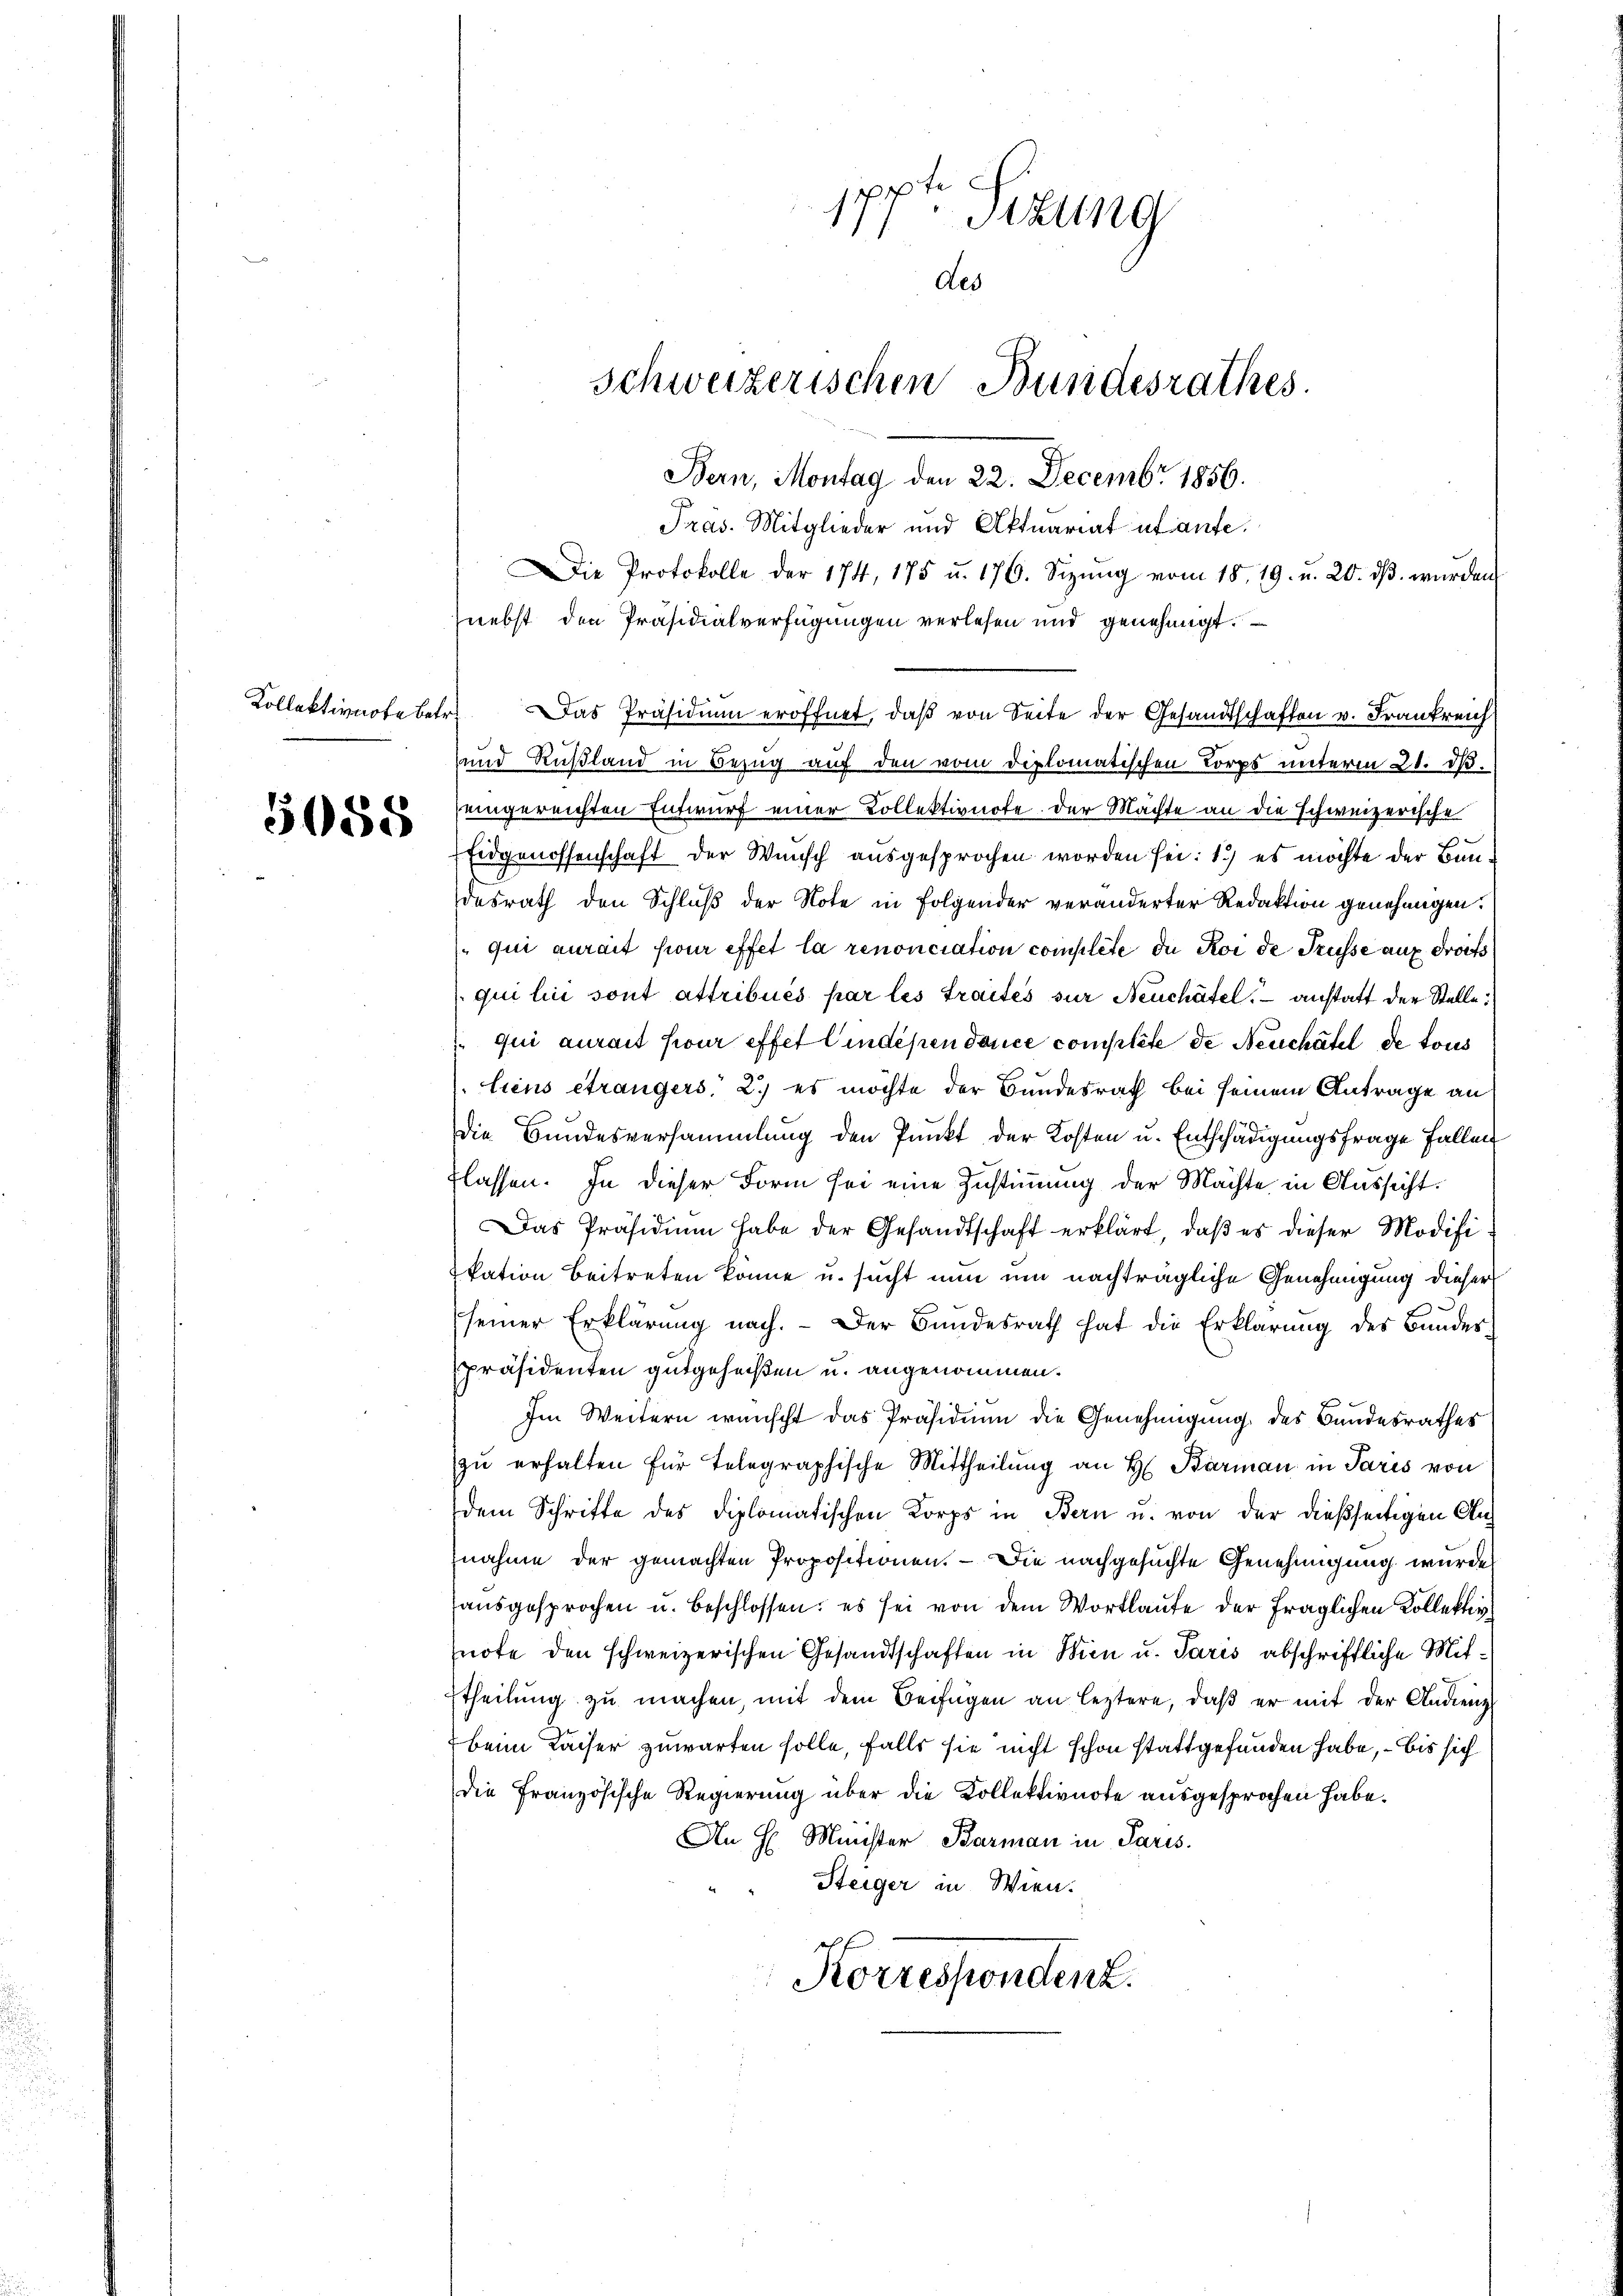
5058

Pr. Sizung
des
Schweizerischen Bundesrathes.
Bern, Montag den 22. Decembr 1856.
Tras. Mitglieder und Aktuariat uf aufe.

und Rußland in Bezug auf den vom Diplomatischen Corps unterm 21. dβ.
eingereichten Entwurf einer Kollektivnote der Machte an die schweizerische
Eidgenossenschaft der Wunsch ausgesprochen worden sei: 1.) es möchte der Bundesrath den Schluß der Note in Folgender veränderter Redaktion genehmigen.
 qui aurait pour effet la renonciation complete de Roi de Trüsse auf droits
qui li sont attribués par les Traités sur Neuchâtel, – anstatt der Stelle
 qui aurait pour effet Cindépendance complete de Neuchâtel de tous
liens étrangers, 2.) es möchte der Bundesrath bei seinem Antrage an
Die Bundesversammlung den Punkt der Kosten u. Entschädigungsfrage fallen
flassen. In dieser Form sei eine Zustimmung der Machte in Aussicht.
Das Präsidium habe der Gesandtschaft erklärt, daß es dieser Modifikation Beitreten könne u. sucht nun um nachträgliche Genehmigung dieser
seiner Erklärung nach. - Der Bundesrath hat die Erklärung des Bundespräsidenten gutgeheißen u. angenommen.
Im Weitern wünscht das Präsidium die Genehmigung des Bandesrathes
zu erhalten für telegraphische Mittheilung an H. Barman in Paris von
dem Schrifte des diplomatischen Korps in Bern u. von der dießseitigen Annahme der gemachten Propositionen. — Die nachgesuchte Genehmigung wurde
aŭsgesprochen u. beschlossen: es sei von dem Wortlaufe der fraglichen Kollektiv
note den schweizerischen Gesandtschaften in Wien u. Paris abschriftliche Mitttheilung zu machen, mit dem Beifügen an leztere, daß er mit der Andienz
beim Kaiser zuwarten solle, falls sie nicht schon stattgefunden habe, – bis sich
die Französische Regierung über die Kollektivnote ausgesprochen habe.
An H. Minister Barman in Paris.
Steiger in Wien.
aff
Korrespondenz.

Kollektivnote betr. Das Präsidium eröffnet, daβ von Seite der Gesandtschaften v. Frankreich

Die Protokolle der 174, 175 u. 176. Sizŭng vom 18. 19. u. 20. dβ. würden
nebst den Präsidialverfügungen verlesen und genehmigt.